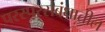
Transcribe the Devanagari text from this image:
परस्परसंबंधातील